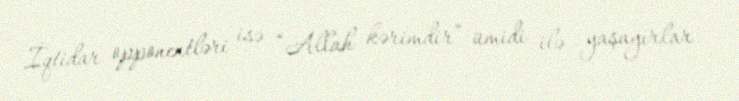
İqtidar opponentləri isə “Allah kərimdir” ümidi ilə yaşayırlar.